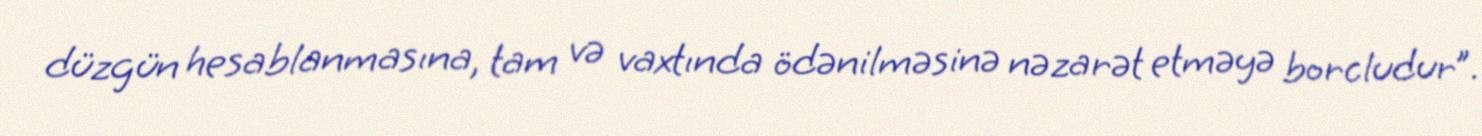
düzgün hesablanmasına, tam və vaxtında ödənilməsinə nəzarət etməyə borcludur”.